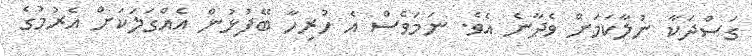
ގަސްދަކާ ނުލާކަމަށް ވެދާނެ އެވެ. ނަމަވެސް އެ ހުރިހާ ބޭފުޅުން އެއްގަލަކަށް އެރުމުގެ